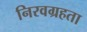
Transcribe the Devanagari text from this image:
निरवग्रहता